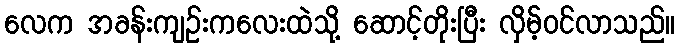
လေက အခန်းကျဉ်းကလေးထဲသို့ ဆောင့်တိုးပြီး လှိမ့်ဝင်လာသည်။